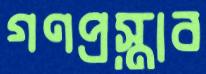
গণপ্রস্তাব